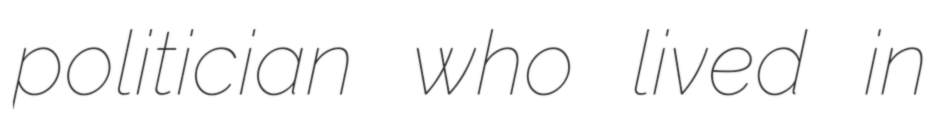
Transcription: politician who lived in